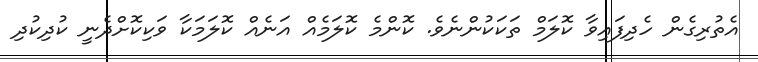
އެތުރިގެން ހެދިފައިވާ ކޮލަމް ތަކަކުންނެވެ. ކޮންމެ ކޮލަމެއް އަނެއް ކޮލަމަކާ ވަކިކޮށްދެނީ ކުދިކުދި